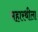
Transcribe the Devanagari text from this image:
महारथीला